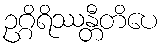
ဥဂ္ဂိရိဿန္တီတိပေ